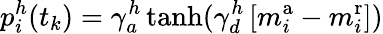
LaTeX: p_{i}^{h}(t_{k})=\gamma_{a}^{h}\operatorname{tanh}(\gamma_{d}^{h}\left[m_{i}^{\mathrm{a}}-m_{i}^{\mathrm{r}}\right])